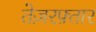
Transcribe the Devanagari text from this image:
तेज़रफ़्तार